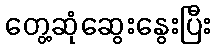
တွေ့ဆုံဆွေးနွေးပြီး